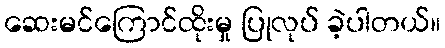
ဆေးမင်ကြောင်ထိုးမှု ပြုလုပ် ခဲ့ပါတယ်။